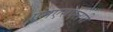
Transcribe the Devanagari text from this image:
एमएसएलपी